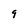
Character: 9